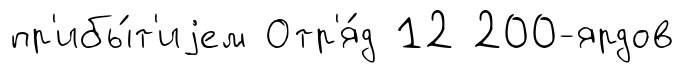
пр'ибы́т'иjем Отр'я́д 12 200-ярдов